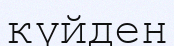
күйден